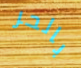
بالحر